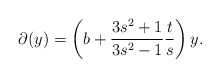
\begin{align*}\partial(y)=\left( b+\frac{3s^2+1}{3s^2-1}\frac{t}{s}\right)y.\end{align*}